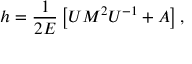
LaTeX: h = \frac 1 { 2 E } \left[ U M ^ { 2 } U ^ { - 1 } + A \right] ,